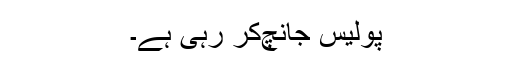
پولیس جانچ‌کر رہی ہے۔